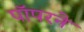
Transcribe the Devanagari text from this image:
पॉपरने